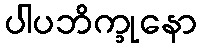
ပါပဘိက္ခုနော